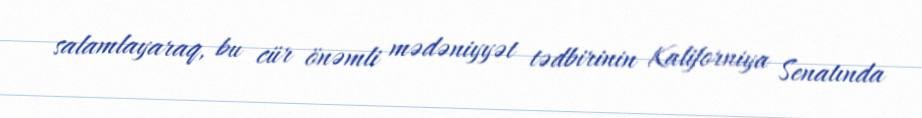
salamlayaraq, bu cür önəmli mədəniyyət tədbirinin Kaliforniya Senatında